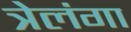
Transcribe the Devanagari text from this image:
त्रेलंगा